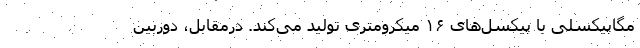
مگاپیکسلی با پیکسل‌های ۱۶ میکرومتری تولید می‌کند. درمقابل، دوربین